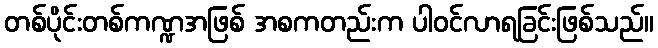
တစ်ပိုင်းတစ်ကဏ္ဍအဖြစ် အစကတည်းက ပါဝင်လာရခြင်းဖြစ်သည်။